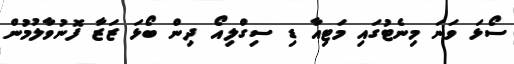
ސޯޅަ ވަނަ މިނެޓުގައި މަޓިއާ ޑި ސިގްލިއޯ ދިން ބޯޅަ ޒަޒާ ފޮނުވާލުމުން